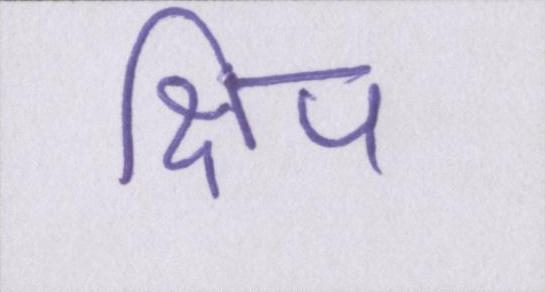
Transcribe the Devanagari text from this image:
क्षिप